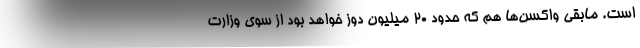
است. مابقی واکسن‌ها هم که حدود ۲۰ میلیون دوز خواهد بود از سوی وزارت